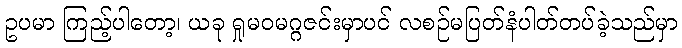
ဥပမာ ကြည့်ပါတော့၊ ယခု ရှုမဝမဂ္ဂဇင်းမှာပင် လစဉ်မပြတ်နံပါတ်တပ်ခဲ့သည်မှာ